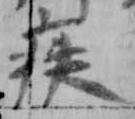
疾